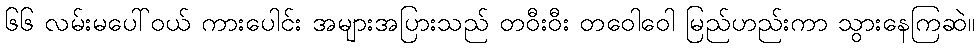
၆၆ လမ်းမပေါ်ဝယ် ကားပေါင်း အများအပြားသည် တဝီးဝီး တဝေါဝေါ မြည်ဟည်းကာ သွားနေကြဆဲ။